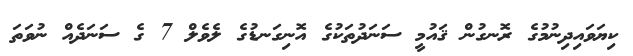
ކިޔަވައިދިނުމުގެ ރޮނގުން ޤައުމީ ސަނަދުތަކުގެ އޮނިގަނޑުގެ ލެވެލް 7 ގެ ސަނަދެއް ނުވަތަ